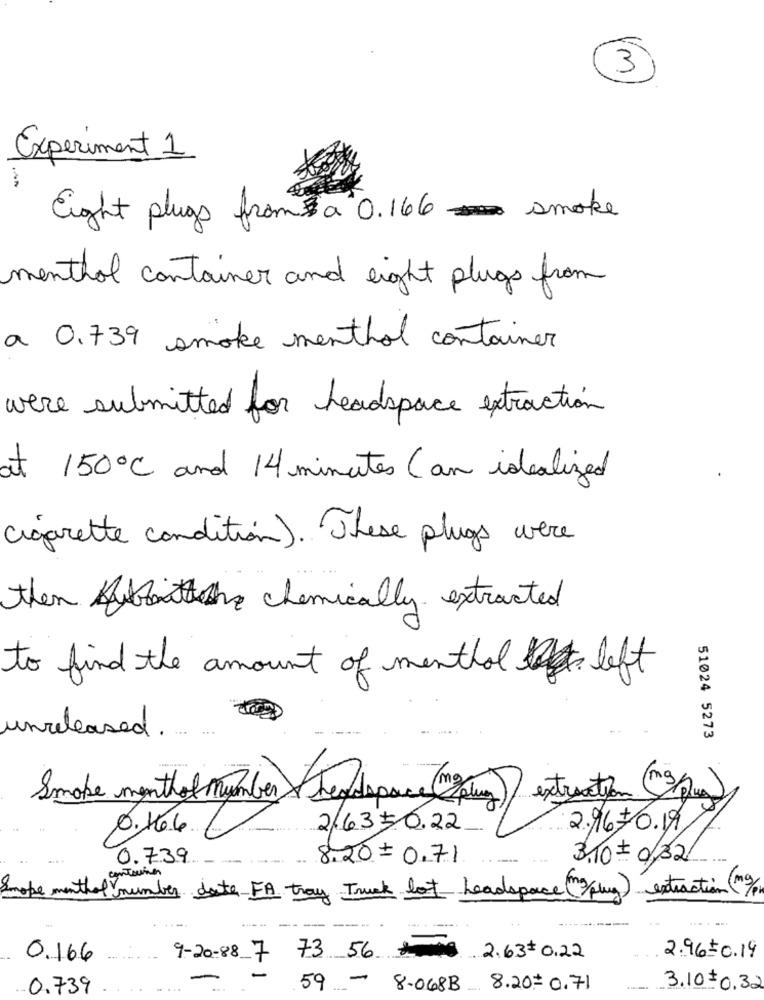
3)
Experiment 1
Eight plugs from a 0.166smoke
menthol container and eight plugs from
a 0.739 smoke menthol container
were submitted for headspace extraction
at 150℃ and 14 minutes ( an idealized
cigarette condition). These plugs were
then Atthe chemically extracted
to find the amount of menthol the left
unreleased.
51024 5273
Smoke menthol Mymber headspace ( plung) extraction
2/6350.22
2.96/0.17,
0.739
8.20= 0.71
3.10 = 0/32
container
Smoke menthol number date FA tray Truck lot headspace (/plug) extraction(n)
.......
0.166
9-20-88-7 73 56 2.63 0,22
2.96=0.19
.. 0.739
..
59
- 8.068B 8.20 .= 0.71
3.10 0.32